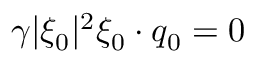
\gamma | \xi _ { 0 } | ^ { 2 } \xi _ { 0 } \cdot q _ { 0 } = 0